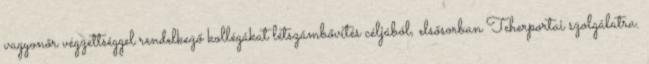
vagyonőr végzettséggel rendelkező kollégákat létszámbővítés céljából, elsősorban Teherportai szolgálatra.